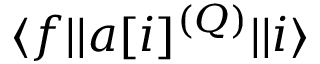
\ensuremath { \langle f | | } a [ i ] ^ { ( Q ) } \ensuremath { | | i \rangle }